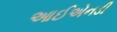
આઈએનડી